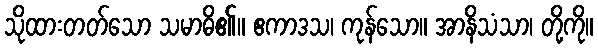
သိုထားတတ်သော သမာဓိ၏။ ဧကာဒသ၊ ကုန်သော။ အာနိသံသာ၊ တို့ကို။